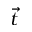
\vec { t }